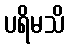
ပရိမသိ